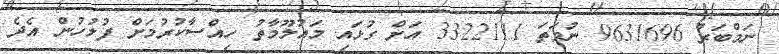
ނަމްބަރު 9631696 ނުވަތަ 3322111 އަށް ގުޅައި މައުލޫމާތު ހިއްސާކުރުމަށް ފުލުހުން އެދެ